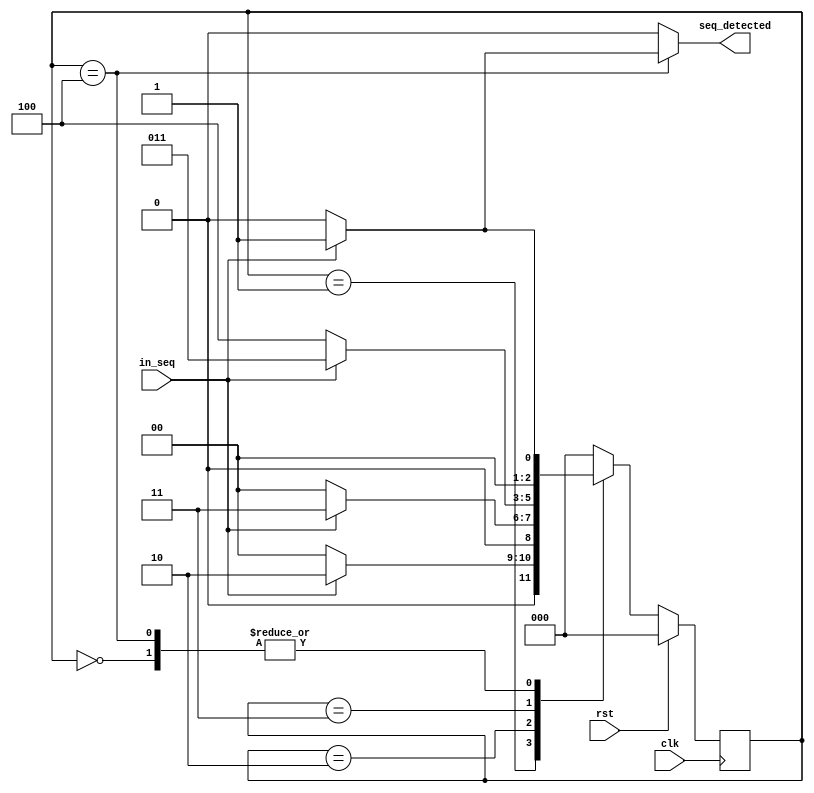
module mealy (input	clk, in_seq,rst,
output reg	seq_detected);

parameter S0=0, S1=1, S2=2, S3 =3, S4=4;
reg [2:0] currentstate, nextstate;

//to determine sequential memory

always @ (posedge clk)
begin
	if(rst)
		currentstate <= S0;
	else
		currentstate <= nextstate ;
end

//to determine next state and output

always @ (currentstate, in_seq)
begin
	case (currentstate)
	S0: begin
	       seq_detected	= 0;
	       nextstate 	= in_seq? S1 : S0;
	    end
	S1:  begin
	       seq_detected	= 0;
	       nextstate 	= in_seq? S2 : S0;
     end
	S2:  begin
	       seq_detected	= 0;
	       nextstate  	= in_seq? S3 : S0;
            end
	S3:  begin
	       seq_detected	= 0;
	       nextstate 	= in_seq? S3 : S4;
	    end
	S4:  begin
	       seq_detected	<= in_seq? 1 : 0;
	       nextstate 	<= in_seq? S1 : S0;
	     end
	default: begin
	       	seq_detected	<= 0;
		nextstate <= S0;
		end
	endcase
    end

endmodule